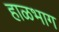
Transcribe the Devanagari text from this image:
हाळभाग